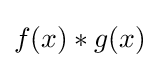
f(x)*g(x)